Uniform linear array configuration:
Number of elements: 12
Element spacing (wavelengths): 0.75
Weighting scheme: cosine
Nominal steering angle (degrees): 30
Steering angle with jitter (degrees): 30.309
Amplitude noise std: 0.05
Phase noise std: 0.05

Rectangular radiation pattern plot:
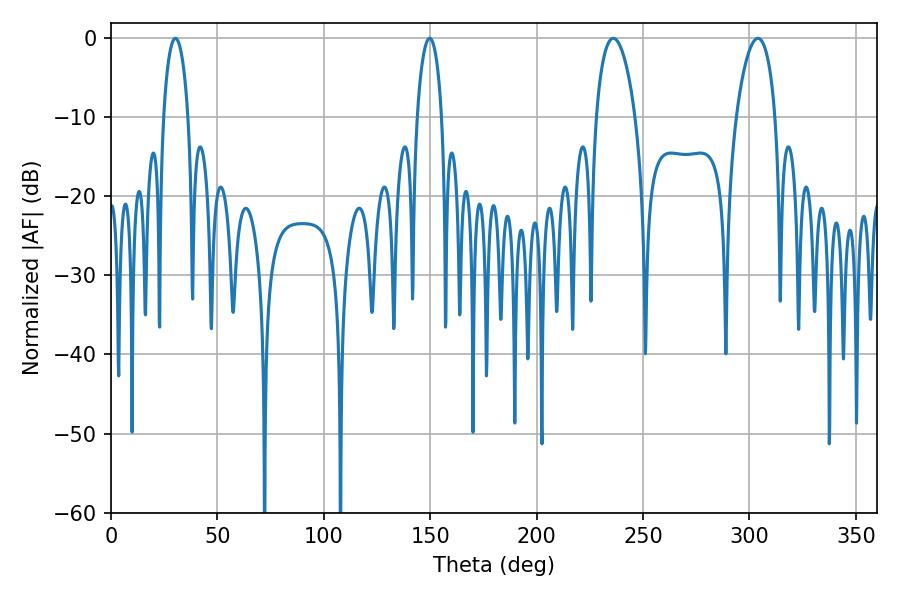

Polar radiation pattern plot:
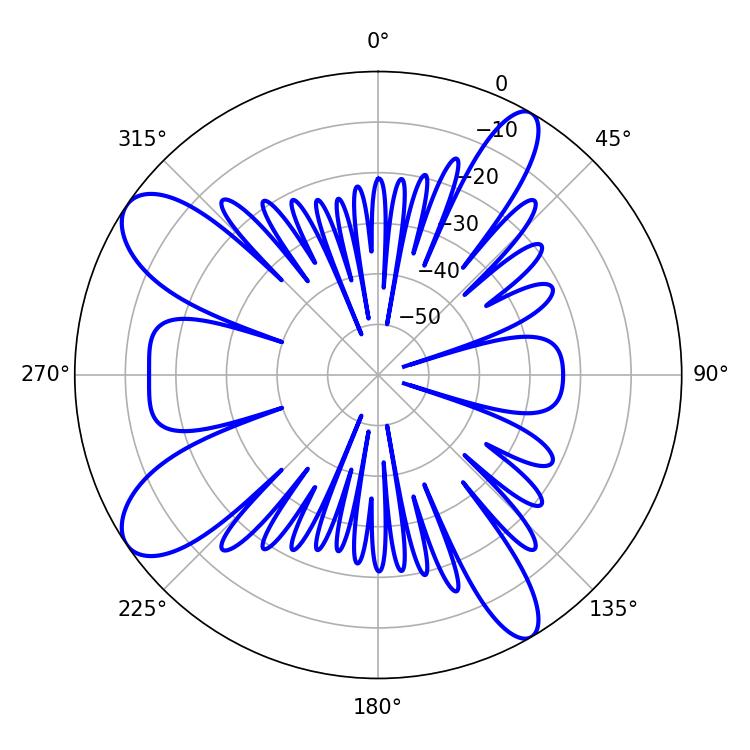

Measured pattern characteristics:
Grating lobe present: TRUE
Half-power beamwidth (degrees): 10.44
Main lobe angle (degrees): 235.98